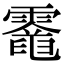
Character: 𩆈